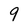
Character: 9